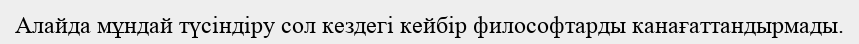
Алайда мұндай түсіндіру сол кездегі кейбір философтарды канағаттандырмады.